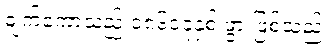
ချက်ကော့သည် ၁၈၆၀ခုနှစ် ဖွားဖြစ်သည်။